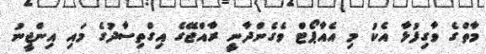
މާތްގެ ވާގިފުޅާ އެކު މި އެއާޕޯޓް ވެގެންދާނީ ރާއްޖޭގެ އިގްތިސާދުގެ މައި އިންޖީނު